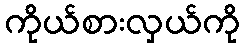
ကိုယ်စားလှယ်ကို